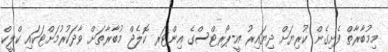
މިމުބާރާތް ފެށިގެން ކުރިޔަށް ދިޔައިރު އީ-ޕޯރޓްސްގެ އިންޓަރ ކޮލެޖް މުބާރާތަށް ވާދަކުރުމަށްޓަކައި ކްލީކް